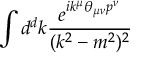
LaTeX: \int { d ^ { d } k \frac { e ^ { i k ^ { \mu } \theta _ { \mu \nu } p ^ { \nu } } } { ( k ^ { 2 } - m ^ { 2 } ) ^ { 2 } } }